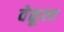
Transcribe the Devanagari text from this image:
वेळूला